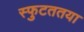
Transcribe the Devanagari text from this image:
स्फुटततया